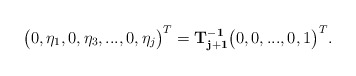
\begin{align*}\big(0,\eta_1, 0, \eta_3, ..., 0, \eta_j\big)^{T}={\bf T_{j+1}^{-1}}\big(0, 0, ..., 0, 1\big)^{T}.\end{align*}